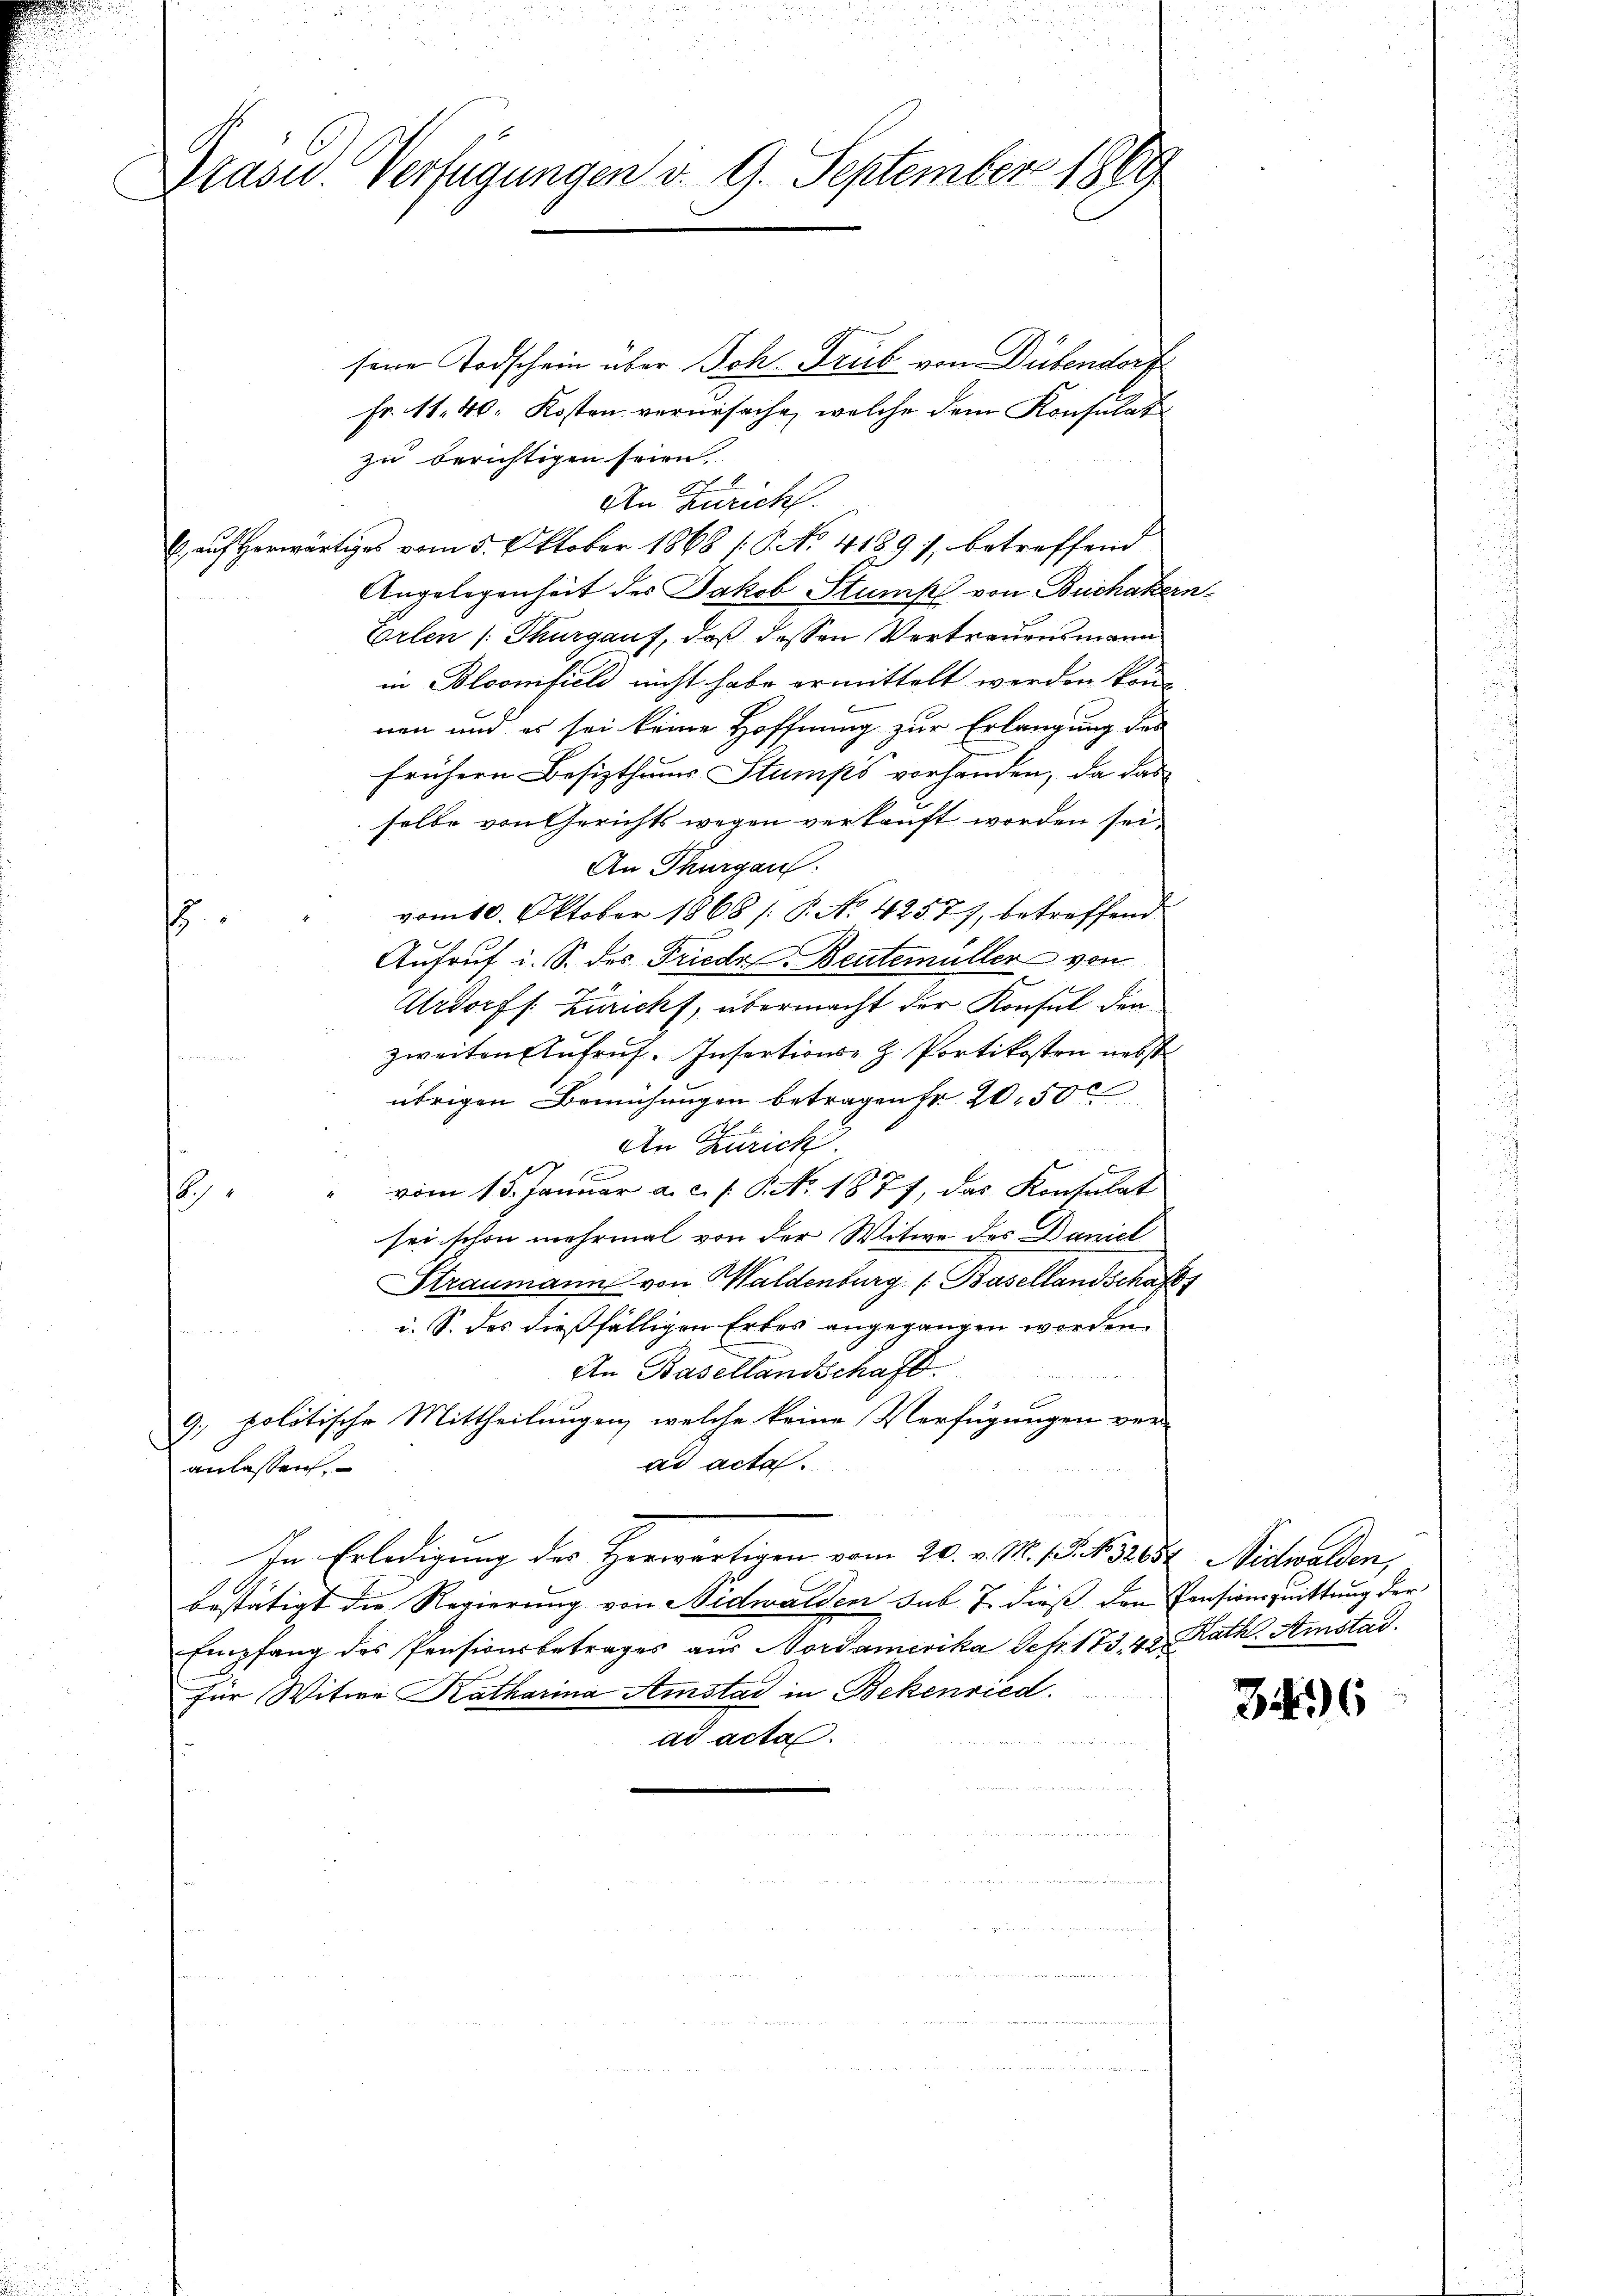
Prasid. Verfügungen d. 9. September 1869

seine Todschein über Joh. Trüb von Dübendorf
Fr. 11. 40. Kosten verursache, welche dem Konsulat
zu berichtigen seien.
An Zürich.
) auf herwärtiges vom 5. Oktober 1868 (S. No. 4189), betreffend
Angelegenheit des Jakob Stumpf von Buchakern
Erlen (Thurgauf, daß dessen Vertrauensmann
in Pleonifiel nicht habe ermittelt werden kön-
nen und es sei keine Hoffnung zur Erlangung des
frühern Besizthaus Stumps vorhanden, da das
selbe von Gerichts wegen verkauft worden sei.
An Thurgau
vom 10. Oktober 1868 /: P. No. 42577, betreffend
s
Aufruf i. S. des Friede Bentemüller von
Urdorff Zuricht, übermacht der Konsul den
zweiten Aufruf. Insertions- z. Portkosten nebst
d gesten
übrigen Bemühungen betragen fr 2050
An Zürich
e
e
" vom 13. Januar a. c. f. P. Nr. 1877, das Konsulat
8
sei schon mehrmal von der Witwe des Daniel
Straumann von Waldenburg (Basellandschaf
i. S. des dießfälligen Erbes angegangen worden.
An Basellandschaft.

9. politische Mittheilungen, welche keine Verfügungen ver-
ad acta.
anlassen.
In Erledigung der Herwärtigen vom 20. v. M. D. N. 285, Nidwalden,
bestätigt die Regierung von Nidwalden sub. J. dieß den Pensionsquittung der
Empfang des Pensionsbetrages aus Nordamerika Sefr. 173. 48. Rath. Amstad
für Witwe Katharina Amstad in Bekenried
ad acta.

346